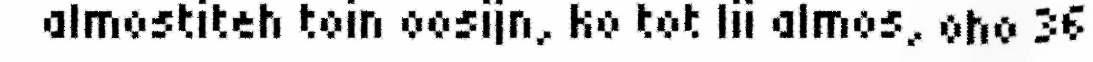
almostiteh toin oosijn, ko tot lii almos, oho 36